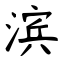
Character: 滨